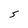
Character: 5